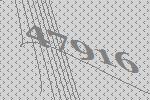
47916